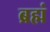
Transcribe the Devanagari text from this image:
ब्रह्मं